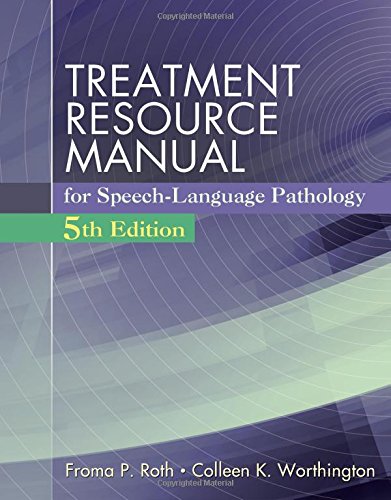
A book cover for Treatment Resource Manual for Speech Language Pathology (with Student Web Site Printed Access Card); Froma P. Roth; Medical Books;